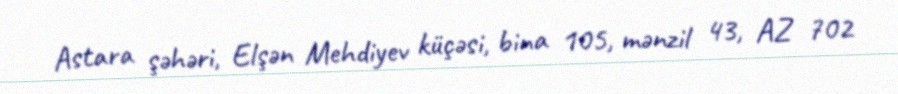
Astara şəhəri, Elşən Mehdiyev küçəsi, bina 105, mənzil 43, AZ 702